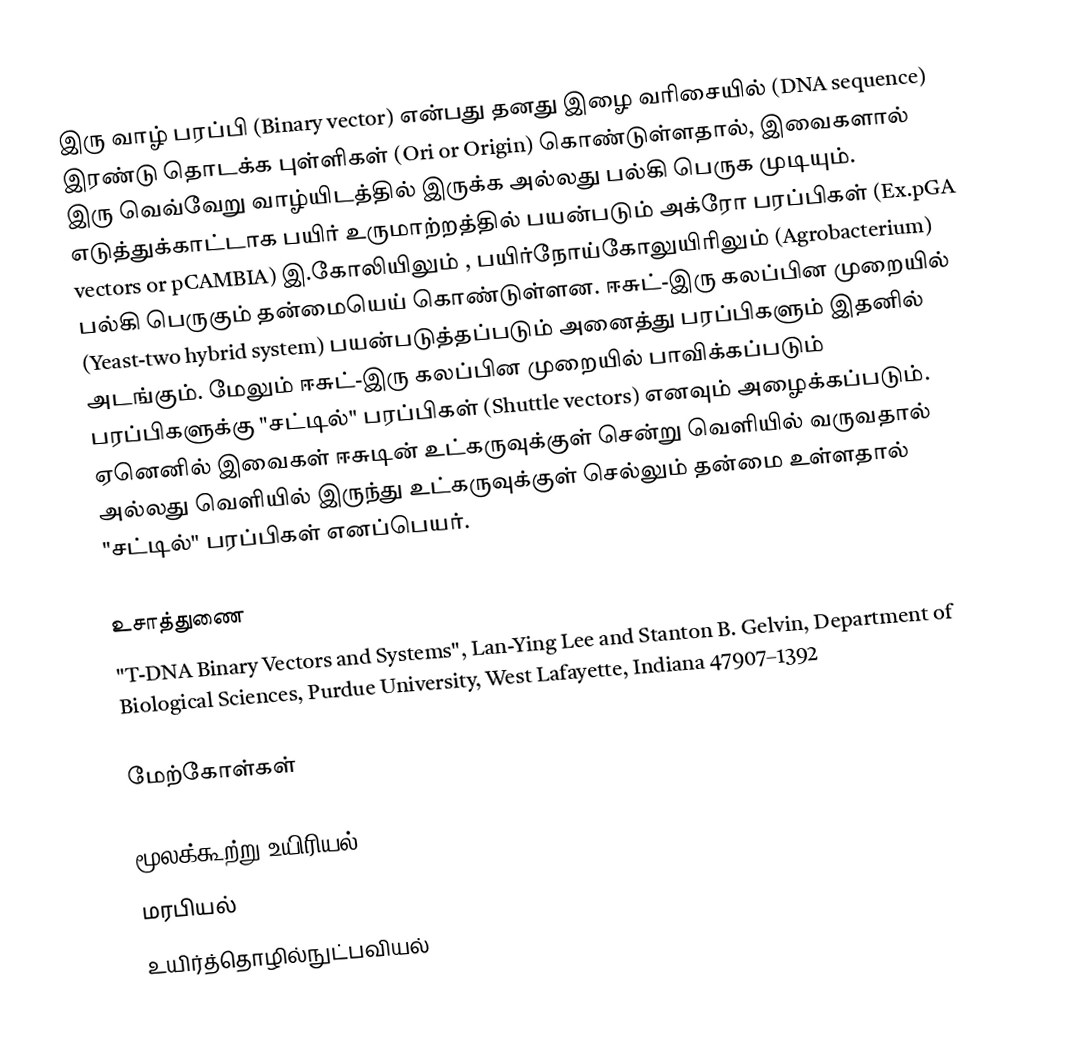
இரு வாழ் பரப்பி (Binary vector) என்பது தனது இழை வரிசையில் (DNA sequence) இரண்டு தொடக்க புள்ளிகள் (Ori or Origin) கொண்டுள்ளதால், இவைகளால் இரு வெவ்வேறு வாழ்யிடத்தில் இருக்க அல்லது பல்கி பெருக முடியும். எடுத்துக்காட்டாக பயிர் உருமாற்றத்தில் பயன்படும் அக்ரோ பரப்பிகள் (Ex.pGA vectors or pCAMBIA) இ.கோலியிலும் , பயிர்நோய்கோலுயிரிலும் (Agrobacterium) பல்கி பெருகும் தன்மையெய் கொண்டுள்ளன. ஈசுட்-இரு கலப்பின முறையில் (Yeast-two hybrid system) பயன்படுத்தப்படும் அனைத்து பரப்பிகளும் இதனில் அடங்கும். மேலும் ஈசுட்-இரு கலப்பின முறையில் பாவிக்கப்படும் பரப்பிகளுக்கு "சட்டில்" பரப்பிகள் (Shuttle vectors) எனவும் அழைக்கப்படும். ஏனெனில் இவைகள் ஈசுடின் உட்கருவுக்குள் சென்று வெளியில் வருவதால் அல்லது வெளியில் இருந்து உட்கருவுக்குள் செல்லும் தன்மை உள்ளதால் "சட்டில்" பரப்பிகள் எனப்பெயர்.

உசாத்துணை
 "T-DNA Binary Vectors and Systems", Lan-Ying Lee and Stanton B. Gelvin, Department of Biological Sciences, Purdue University, West Lafayette, Indiana 47907–1392

மேற்கோள்கள்

மூலக்கூற்று உயிரியல்
மரபியல்
உயிர்த்தொழில்நுட்பவியல்